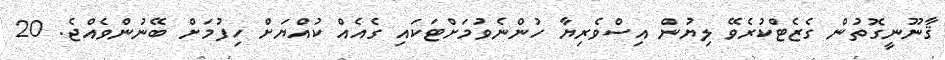
ޤާނޫނީގޮތުން ގެޒެޓްކުރެވޭ ލިޔުން އިސްވެރިޔާ ހުންނެވުމަށްޓަކައި ގެއެއް ކުއްޔަށް ހިފުމަށް ބޭނުންވެއްޖެ. 20